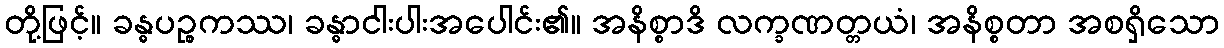
တို့ဖြင့်။ ခန္ဓပဉ္စကဿ၊ ခန္ဓာငါးပါးအပေါင်း၏။ အနိစ္စာဒိ လက္ခဏတ္တယံ၊ အနိစ္စတာ အစရှိသော